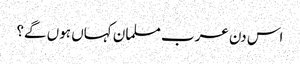
اس دن عرب مسلمان کہاں ہوں گے؟